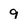
Character: 9